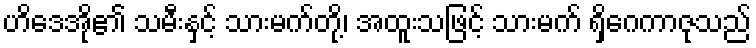
ဟိဒေအို၏ သမီးနှင့် သားမက်တို့၊ အထူးသဖြင့် သားမက် ရှိဂေကာဇုသည်